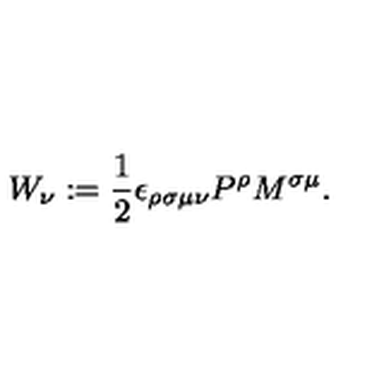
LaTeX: W _ { \nu } : = \frac { 1 } { 2 } \epsilon _ { \rho \sigma \mu \nu } P ^ { \rho } M ^ { \sigma \mu } .